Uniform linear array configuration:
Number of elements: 4
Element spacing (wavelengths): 0.5
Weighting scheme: uniform
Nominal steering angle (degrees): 60
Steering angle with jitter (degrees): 58.712
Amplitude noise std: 0.05
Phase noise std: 0.05

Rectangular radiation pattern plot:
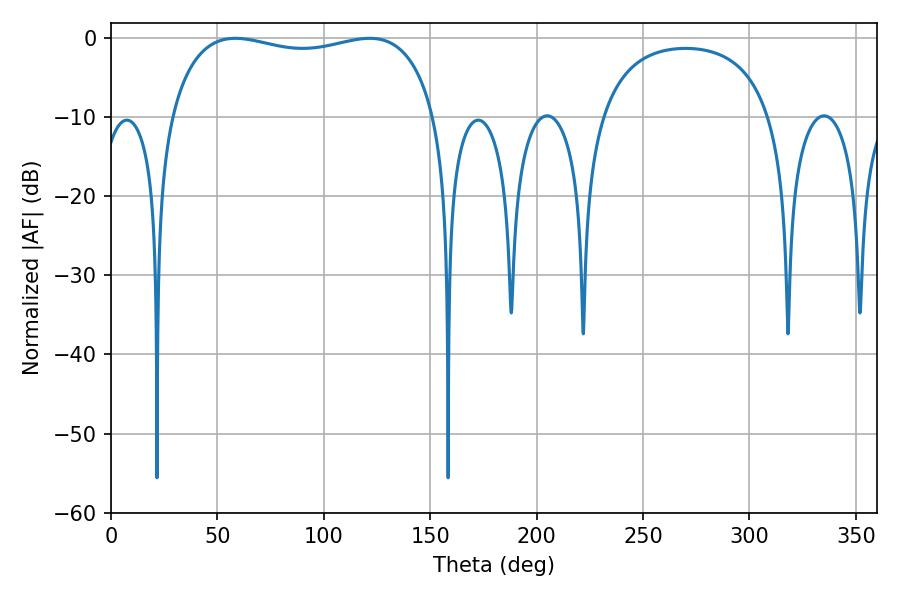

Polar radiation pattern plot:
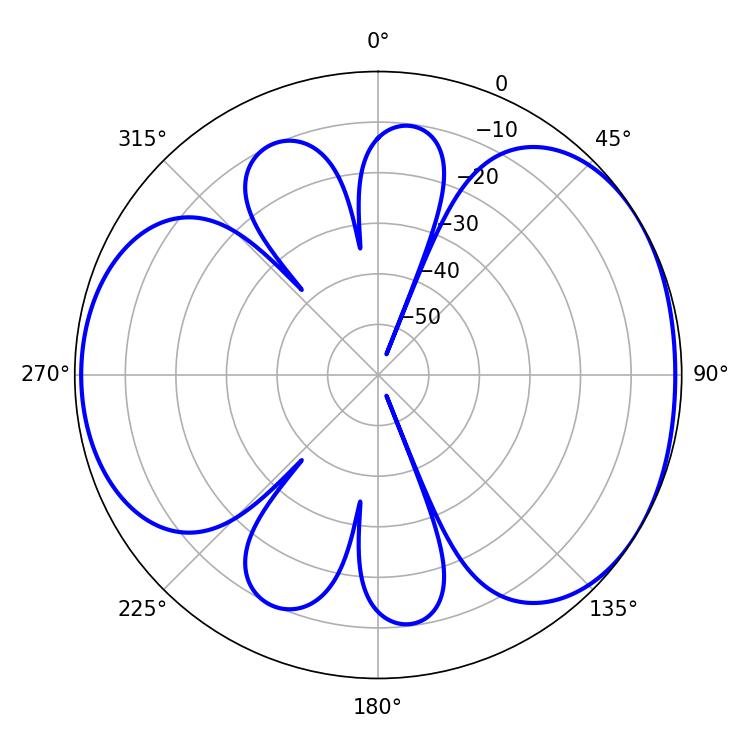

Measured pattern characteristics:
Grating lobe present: FALSE
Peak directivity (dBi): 4.516
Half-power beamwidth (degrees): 101.88
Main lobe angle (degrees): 58.5